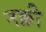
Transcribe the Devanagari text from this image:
नक़ी